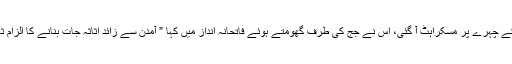
نیب وکیل کے چہرے پر مسکراہٹ آ گئی، اس نے جج کی طرف گھومتے ہوئے فاتحانہ انداز میں کہا ” آمدن سے زائد اثاثہ جات بنانے کا الزام ثابت ہوا ہے۔